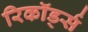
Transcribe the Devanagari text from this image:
रिकॉर्ड्स